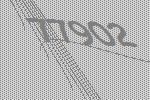
77902